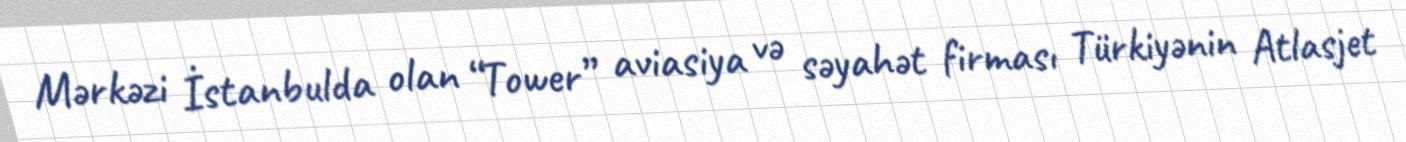
Mərkəzi İstanbulda olan “Tower” aviasiya və səyahət firması Türkiyənin Atlasjet